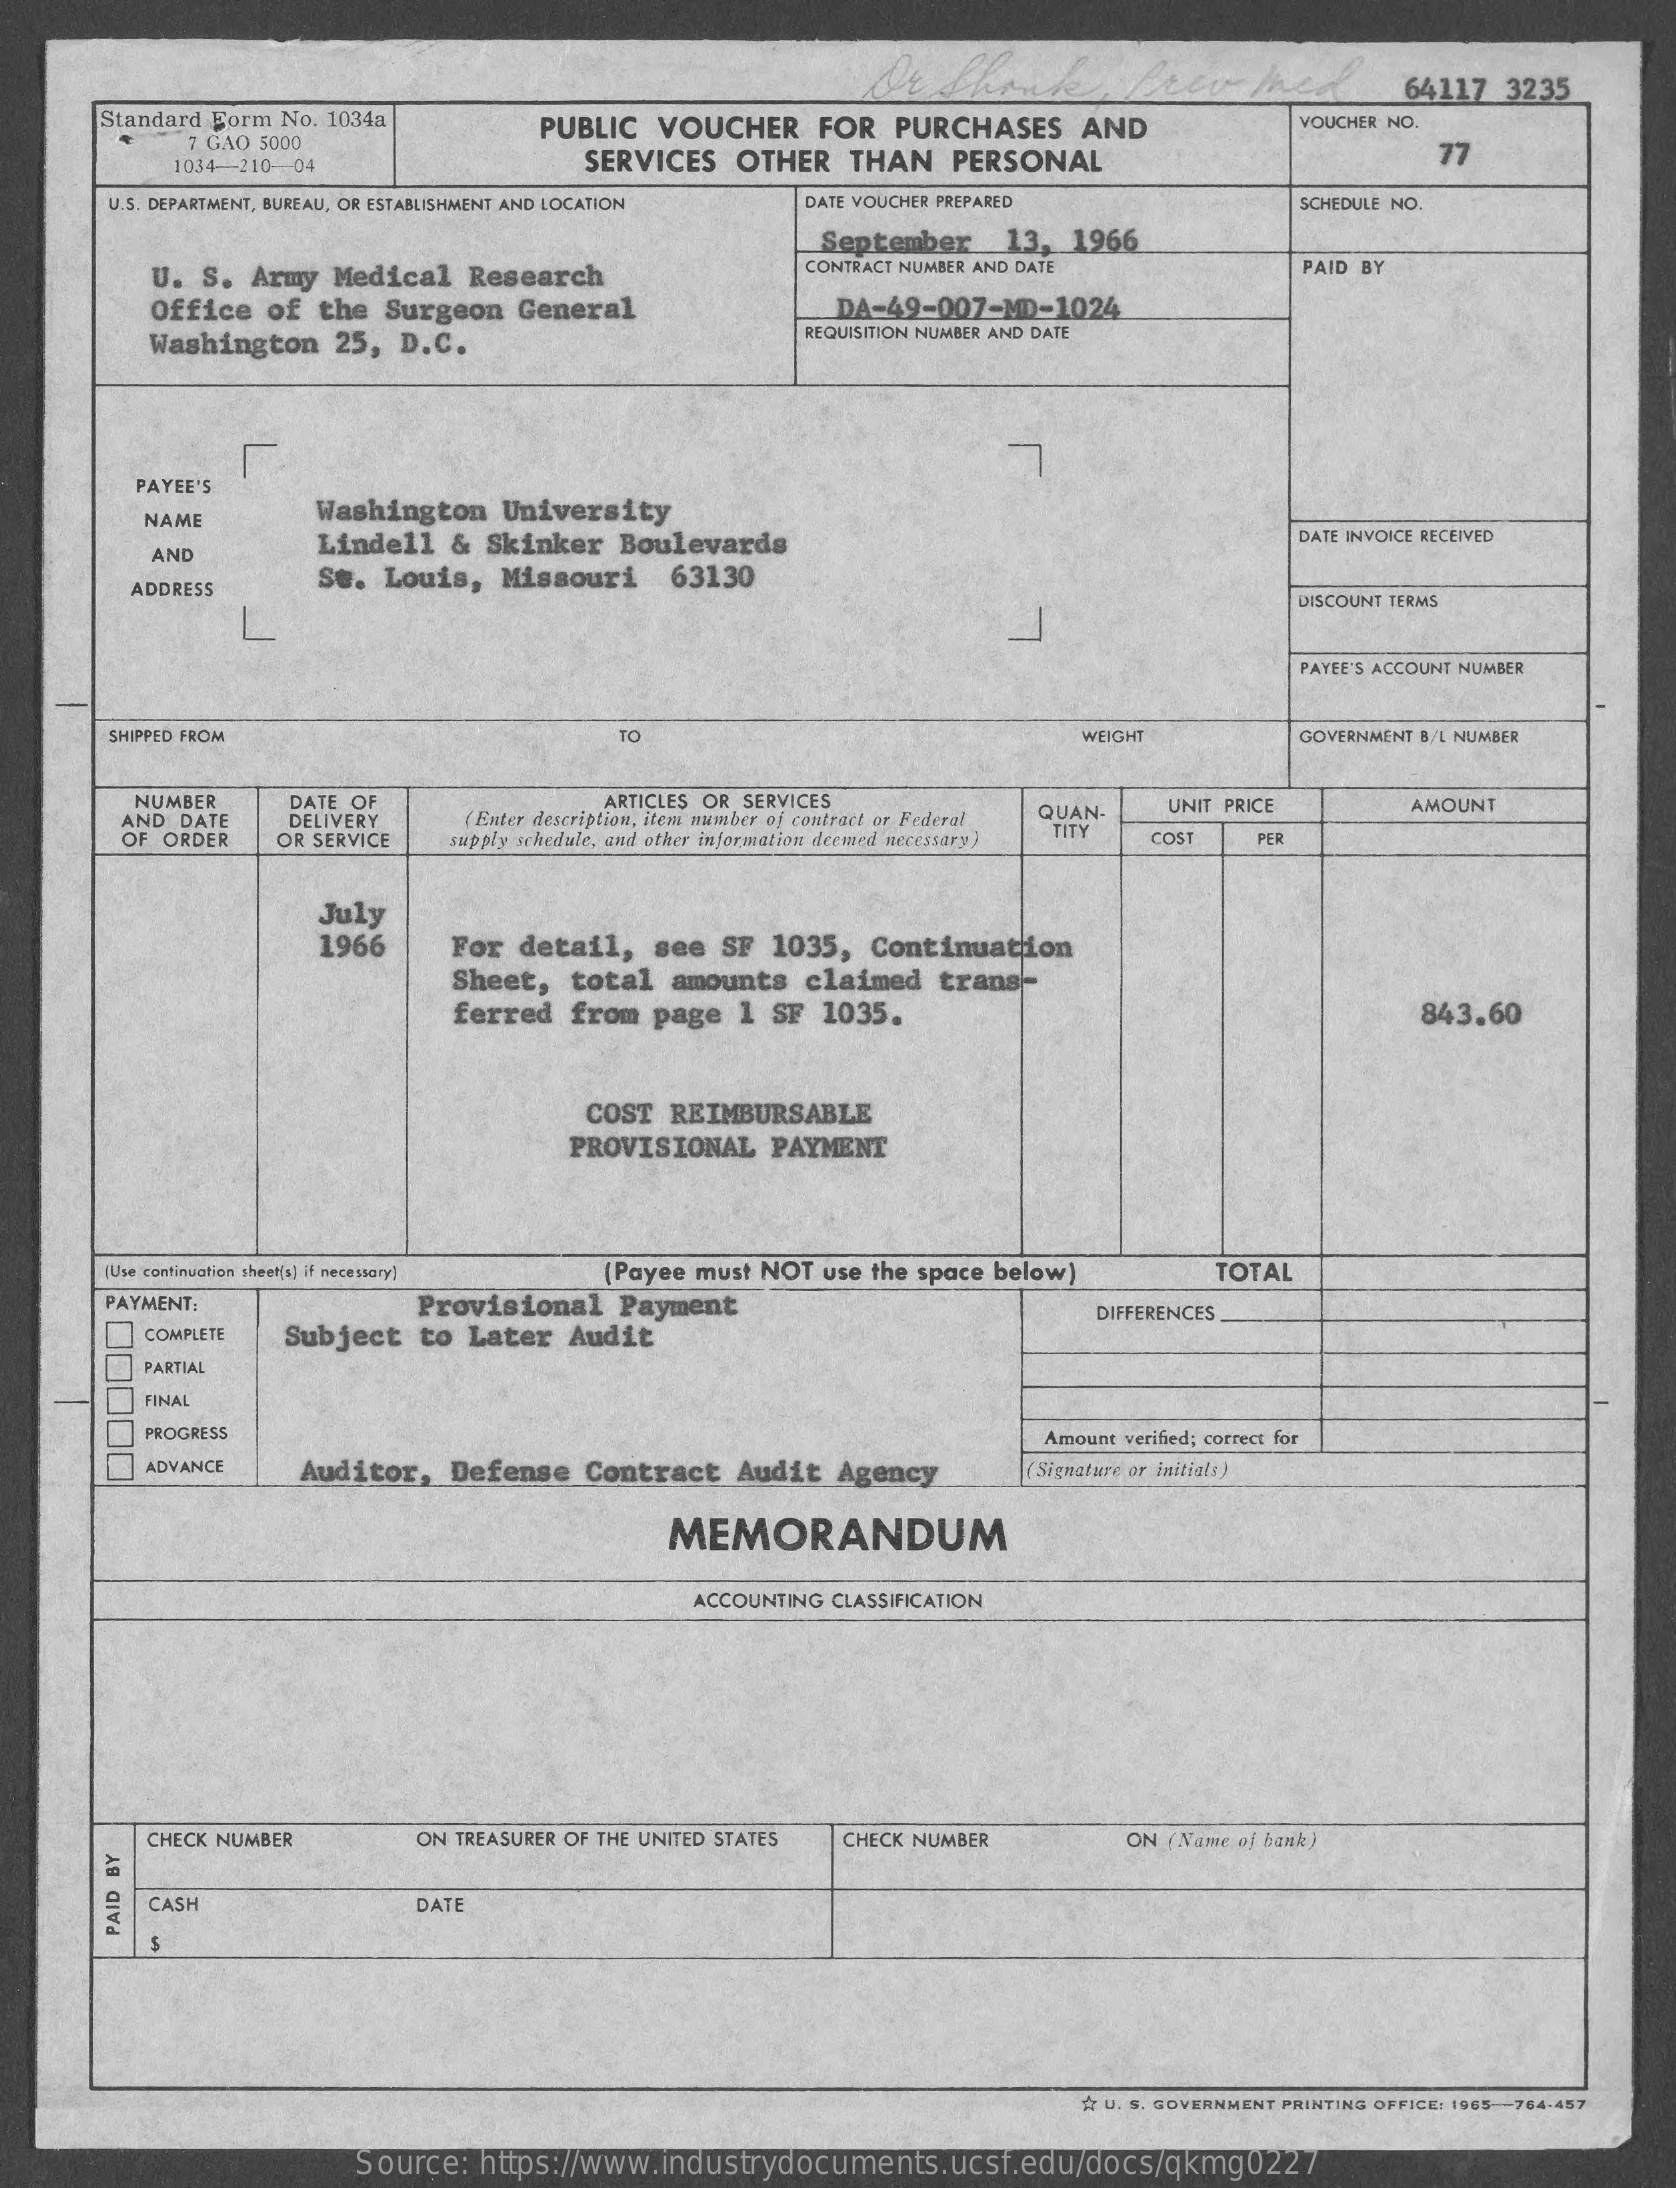
64117 3235
     Standard Form No. 1034a   PUBLIC VOUCHER  FOR  PURCHASES  AND    VOUCHER NO.
     7 GAO 5000
     1034-210 -- 04    SERVICES OTHER THAN  PERSONAL    77
     U.S. DEPARTMENT, BUREAU, OR ESTABLISHMENT AND LOCATION DATE VOUCHER PREPARED SCHEDULE NO.
     September  13, 1966
     U. S. Army Medical Research    CONTRACT NUMBER AND DATE    PAID BY
     Office of the Surgeon General    DA-49-007-MD-1024
     Washington 25, D.C.
     REQUISITION NUMBER AND DATE
     PAYEE'S
     NAME
     Washington University
     Lindell & Skinker Boulevards
     DATE INVOICE RECEIVED
     AND
     ADDRESS
     Se. Louis, Missouri  63130
     DISCOUNT TERMS
     PAYEE'S ACCOUNT NUMBER
     SHIPPED FROM    TO    WEIGHT    GOVERNMENT B/L NUMBER
     NUMBER    DATE OF
     DELIVERY
     ARTICLES OR SERVICES
     (Enter description, item number of contract or Federal QUAN- UNIT PRICE
     AND DATE
     AMOUNT
     OF ORDER OR SERVICE supply schedule, and other information deemed necessary)
     TITY COST   PER
     July
     1966    For detail, see SF 1035, Continuation
     Sheet, total amounts claimed trans-
     ferred from page 1 SF 1035.    843.60
     COST REIMBURSABLE
     PROVISIONAL PAYMENT
     (Use continuation sheet(s) if necessary) (Payee must NOT use the space below) TOTAL
     PAYMENT:    Provisional Payment
     Subject to Later Audit
     DIFFERENCES
     COMPLETE
     PARTIAL
     FINAL
     PROGRESS    Amount verified; correct for
     ADVANCE  Auditor, Defense Contract Audit Agency    (Signature or initials)
     MEMORANDUM
     ACCOUNTING CLASSIFICATION
     CHECK NUMBER    ON TREASURER OF THE UNITED STATES CHECK NUMBER ON ( Name of bank)
     CASH    DATE
     PAID
     BY
     * U. S. GOVERNMENT PRINTING OFFICE: 1965 -- 764-457
     Source: https://www.industrydocuments.ucsf.edu/docs/qkmg0227